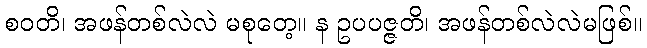
စဝတိ၊ အဖန်တစ်လဲလဲ မစုတေ့။ န ဥပပဇ္ဇတိ၊ အဖန်တစ်လဲလဲမဖြစ်။